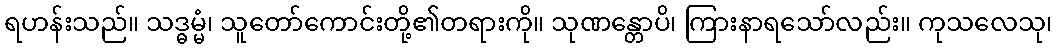
ရဟန်းသည်။ သဒ္ဓမ္မံ၊ သူတော်ကောင်းတို့၏တရားကို။ သုဏန္တောပိ၊ ကြားနာရသော်လည်း။ ကုသလေသု၊